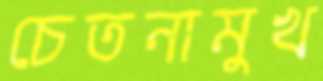
চেতনামুখ